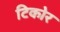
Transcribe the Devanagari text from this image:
टिकोर